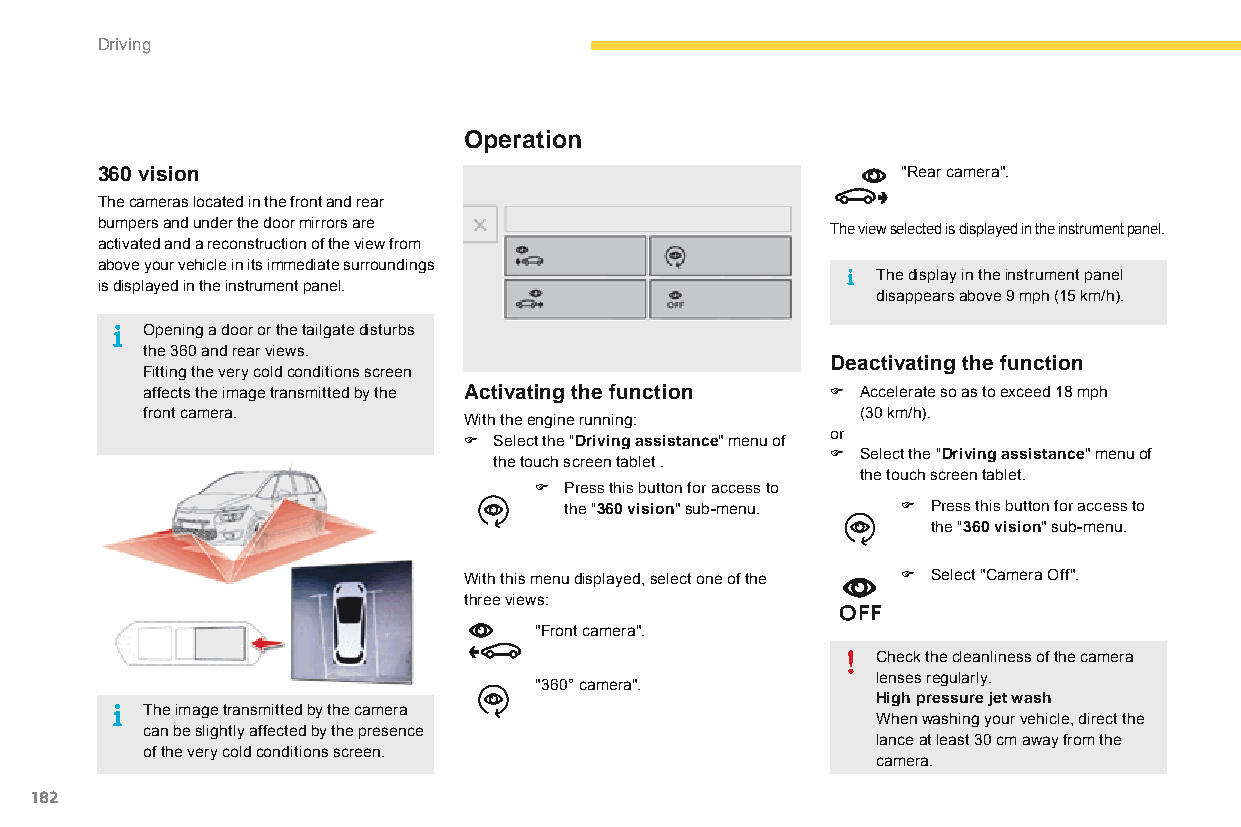
Driving
 Operation
 360 vision                                            "Rear camera".
 The cameras located in the front and rear
 bumpers and under the door mirrors are           The view selected is displayed in the instrument panel.
 activated and a reconstruction of the view from
 above your vehicle in its immediate surroundings
 The display in the instrument panel
 is displayed in the instrument panel.
 disappears above 9 mph (15 km/h).
 Opening a door or the tailgate disturbs
 the 360 and rear views.
 Deactivating the function
 Fitting the very cold conditions screen
 affects the image transmitted by the Activating the function F Accelerate so as to exceed 18 mph
 front camera.                                   (30 km/h).
 With the engine running:
 F Select the "Driving assistance" menu of or
 F Select the "Driving assistance" menu of
 the touch screen tablet .
 the touch screen tablet.
 F Press this button for access to
 the "360 vision" sub-menu. F Press this button for access to
 the "360 vision" sub-menu.
 With this menu displayed, select one of the F Select "Camera Off".
 three views:
 "Front camera".
 Check the cleanliness of the camera
 lenses regularly.
 "360° camera".
 High pressure jet wash
 The image transmitted by the camera
 When washing your vehicle, direct the
 can be slightly affected by the presence
 lance at least 30 cm away from the
 of the very cold conditions screen.
 camera.
 182
 C4-Picasso-II_en_Chap04_conduite_ed01-2015